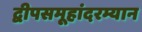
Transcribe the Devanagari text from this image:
द्वीपसमूहांदरम्यान